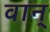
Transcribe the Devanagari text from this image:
वान्